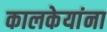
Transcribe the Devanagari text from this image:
कालकेयांना